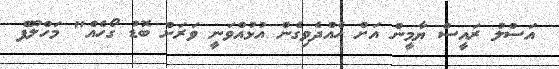
އަސްލު ރައީސް ޔާމީން އަށް ހެއްދެވިގެން އުޅުއްވަނީ ވަރަށް ބޮޑު ގޯހެއް" މަހްލޫފް